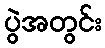
ပွဲအတွင်း